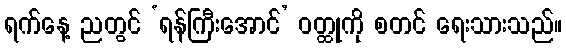
ရက်နေ့ ညတွင် ‘ရန်ကြီးအောင်’ ဝတ္ထုကို စတင် ရေးသားသည်။